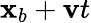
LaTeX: \mathbf x_{b}+\mathbf vt